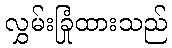
လွှမ်းခြုံထားသည်